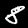
Label: 8